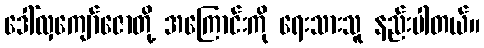
ဒေါ်လှကျော်ဇောတို့ အကြောင်းကို ရေးသားသူ နည်းပါတယ်။